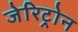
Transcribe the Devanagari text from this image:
जेरिट्रोन